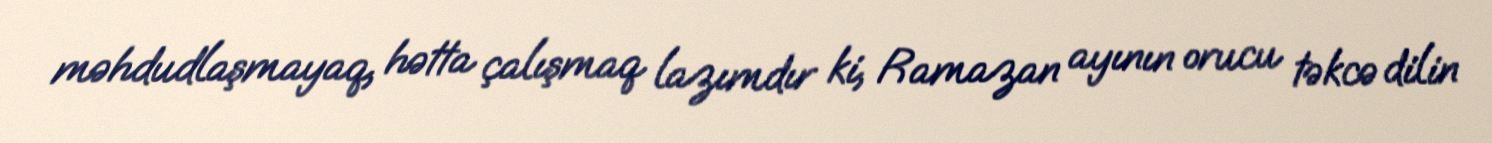
məhdudlaşmayaq, hətta çalışmaq lazımdır ki, Ramazan ayının orucu təkcə dilin